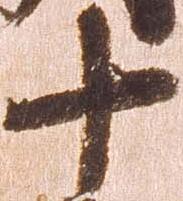
十